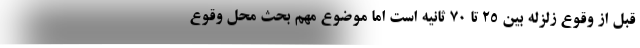
قبل از وقوع زلزله بین 25 تا 70 ثانیه است اما موضوع مهم بحث محل وقوع